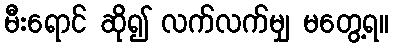
မီးရောင် ဆို၍ လက်လက်မျှ မတွေ့ရ။